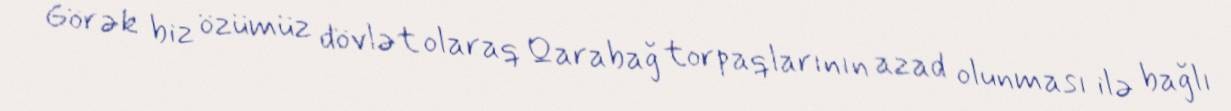
Görək biz özümüz dövlət olaraq Qarabağ torpaqlarının azad olunması ilə bağlı